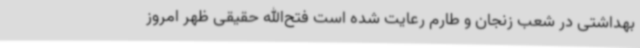
بهداشتی در شعب زنجان و طارم رعایت شده است فتح‌الله حقیقی ظهر امروز